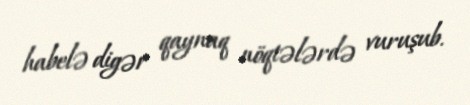
habelə digər qaynaq nöqtələrdə vuruşub.